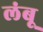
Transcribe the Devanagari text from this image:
लंबू